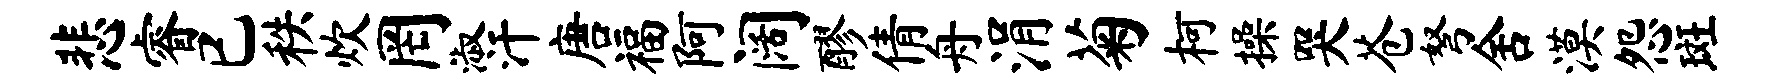
悲睿已秩炊罔淑汗唐福阿阔醪倩舟涓菊柯操哭苍弩舍漠怨斑